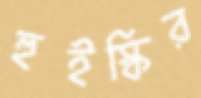
হুইস্কির